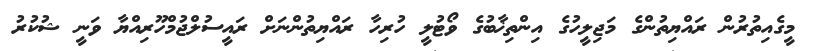
މީގެއިތުރުން ރައްޔިތުންގެ މަޖިލީހުގެ އިންތިޚާބުގެ ވޯޓުލީ ހުރިހާ ރައްޔިތުންނަށް ރައީސުލްޖުމްހޫރިއްޔާ ވަނީ ޝުކުރު